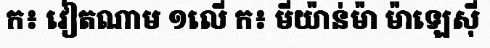
ក៖ វៀតណាម ១លើ ក៖ មីយ៉ាន់ម៉ា ម៉ាឡេស៊ី